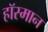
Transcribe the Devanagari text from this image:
हॉस्मान